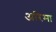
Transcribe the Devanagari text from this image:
अरिमा